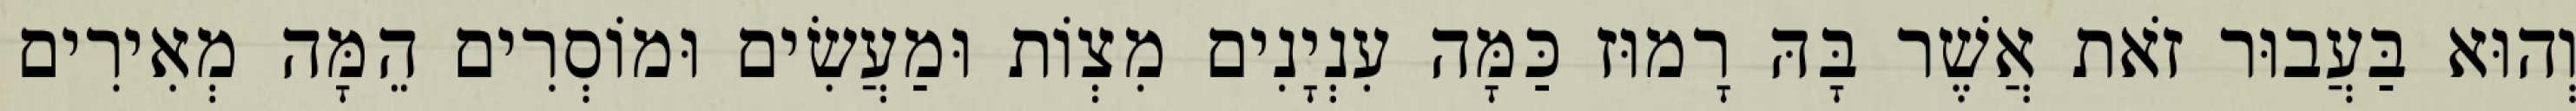
וְהוּא בַּעֲבוּר זֹאת אֲשֶׁר בָּהּ רָמוּז כַּמָּה עִנְיָנִים מִצְוֹת וּמַעֲשִׂים וּמוֹסְרִים הֵמָּה מְאִירִים